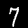
Digit: 7